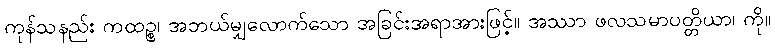
ကုန်သနည်း ကထဉ္စ၊ အဘယ်မျှလောက်သော အခြင်းအရာအားဖြင့်။ အဿာ ဖလသမာပတ္တိယာ၊ ကို။